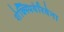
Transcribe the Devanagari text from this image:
शेक्स्पियेरियेना